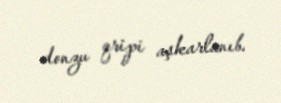
donzu qripi aşkarlanıb.